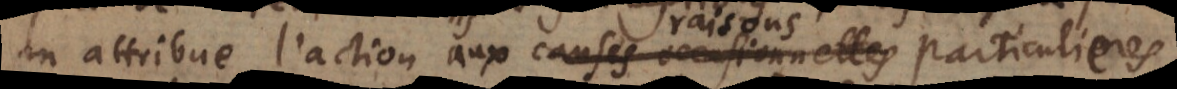
on attribue l’action aux causes occasionnelles particulieres